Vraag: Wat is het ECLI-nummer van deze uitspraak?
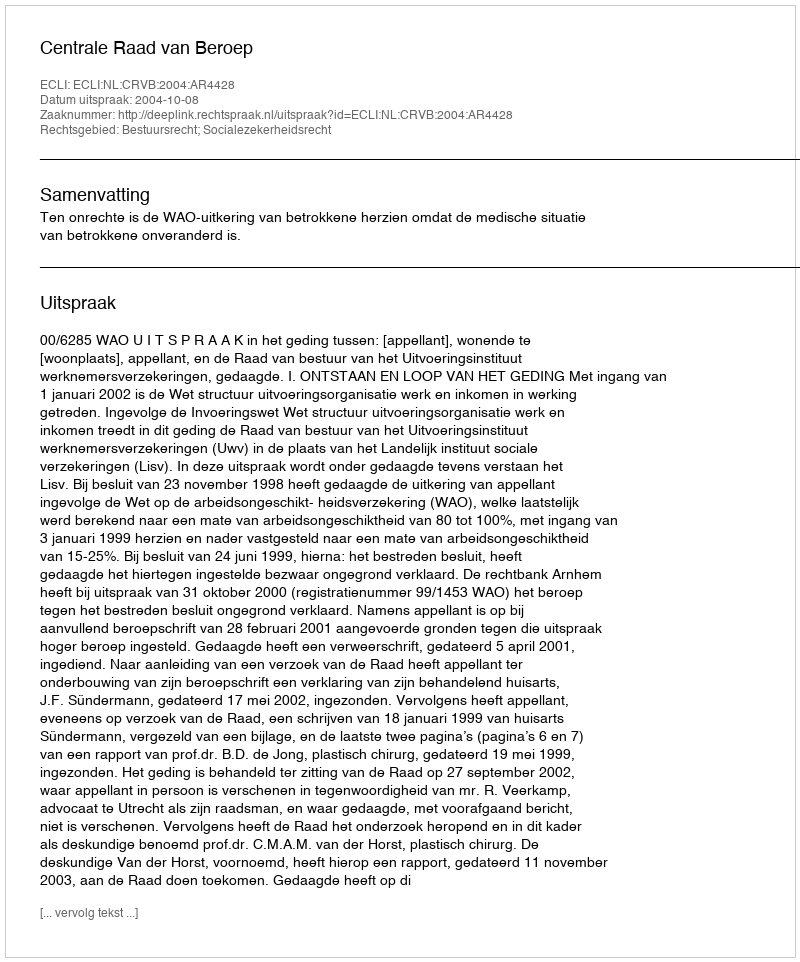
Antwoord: ECLI:NL:CRVB:2004:AR4428